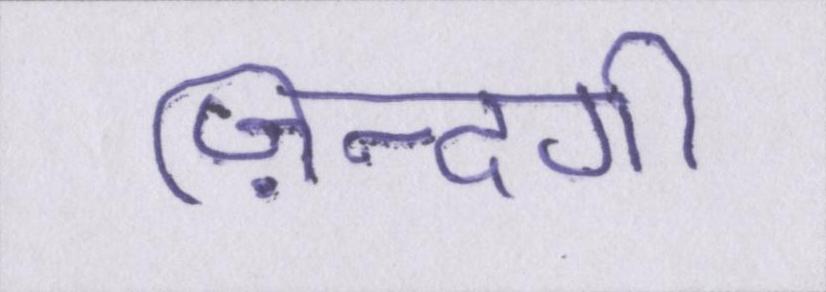
ज़िन्दगी